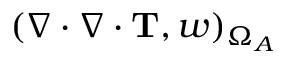
( \nabla \cdot \nabla \cdot \mathbf { T } , w ) _ { \Omega _ { A } }